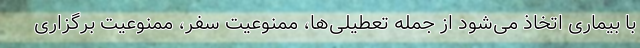
با بیماری اتخاذ می‌شود از جمله تعطیلی‌ها، ممنوعیت سفر، ممنوعیت برگزاری